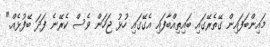
މައިންބަފައިން ގޭތެރޭގައި ބައިތިއްބާފައި އެގޭގައި ހުޅު ޖަހަން ވެސް ކެރޭނެ ފަދަ ބޭފުޅެއް."